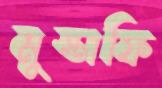
মুস্তাফি